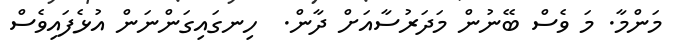
މަންމާ. މަ ވެސް ބޭނުން މަދަރުސާއަށް ދާން.  ހިނގައިގަންނަން އުޅެފައިވެސް